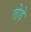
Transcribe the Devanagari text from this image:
तो़ड़े